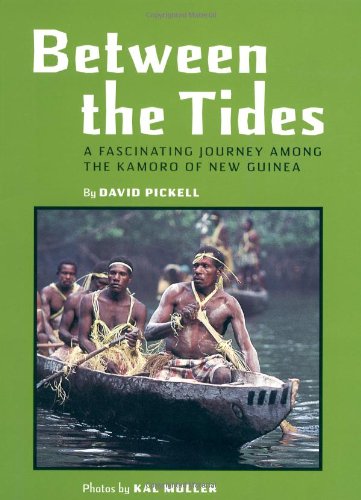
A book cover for Between the Tides: A Facinating Journey Among the Kamoro of New Guinea; David Pickell; Travel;